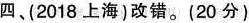
四、(2018 上海)改错。(20 分)